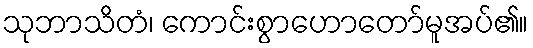
သုဘာသိတံ၊ ကောင်းစွာဟောတော်မူအပ်၏။